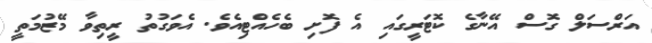
އަރްސަލް ގޮސް އޭނާގެ ކޮޓަރީގައި އެ ފޮށި ބެހެއްޓިއެވެ. އެވަގުތު ރީތިވާ މޭޒުމަތީ